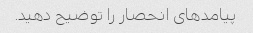
پیامدهای انحصار را توضیح دهید.